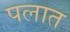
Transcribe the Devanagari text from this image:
पलात